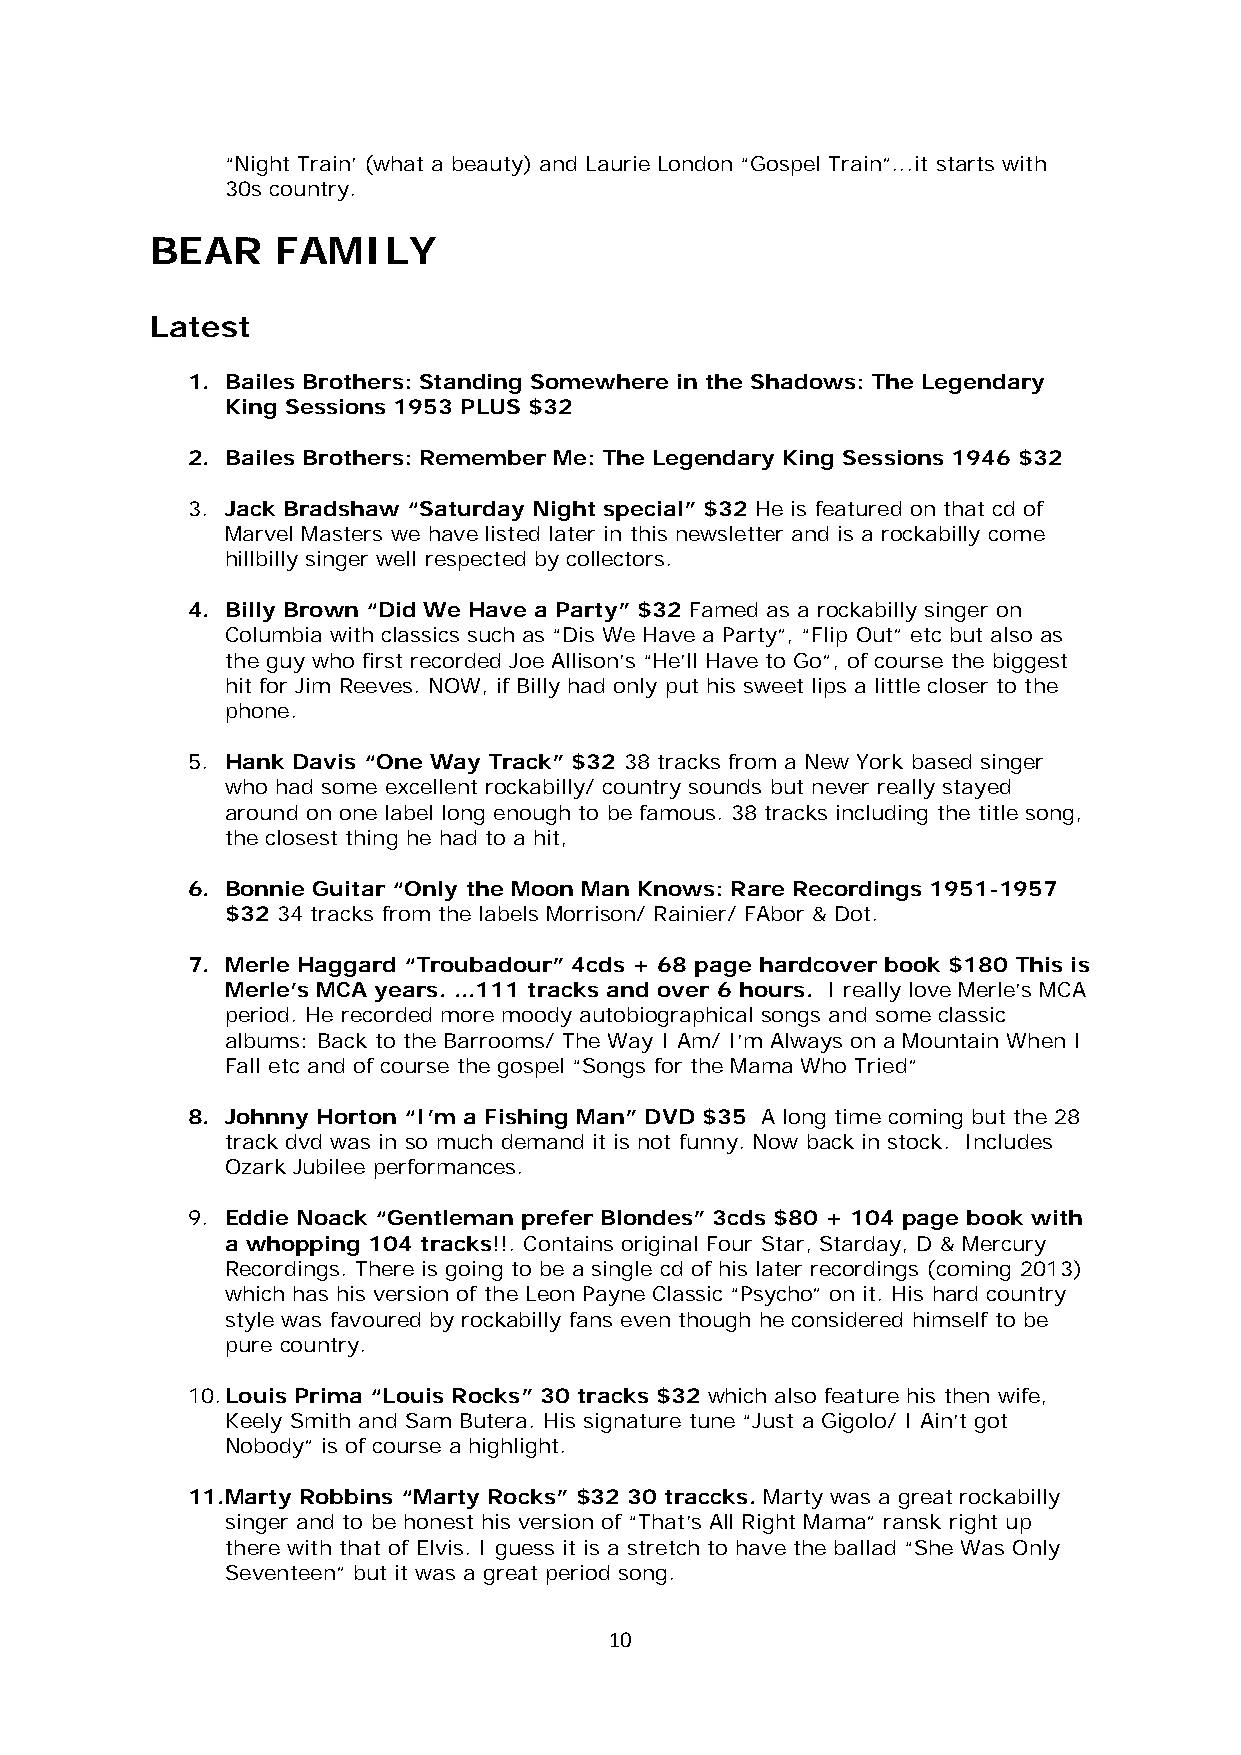
“Night Train’ (what a beauty) and Laurie London “Gospel Train”...it starts with
 30s country.
 BEAR    FAMILY
 Latest
 1. Bailes Brothers: Standing Somewhere in the Shadows: The Legendary
 King Sessions 1953 PLUS $32
 2. Bailes Brothers: Remember Me: The Legendary King Sessions 1946 $32
 3. Jack Bradshaw “Saturday Night special” $32 He is featured on that cd of
 Marvel Masters we have listed later in this newsletter and is a rockabilly come
 hillbilly singer well respected by collectors.
 4. Billy Brown “Did We Have a Party” $32 Famed as a rockabilly singer on
 Columbia with classics such as “Dis We Have a Party”, “Flip Out” etc but also as
 the guy who first recorded Joe Allison’s “He’ll Have to Go”, of course the biggest
 hit for Jim Reeves. NOW, if Billy had only put his sweet lips a little closer to the
 phone.
 5. Hank Davis “One Way Track” $32 38 tracks from a New York based singer
 who had some excellent rockabilly/ country sounds but never really stayed
 around on one label long enough to be famous. 38 tracks including the title song,
 the closest thing he had to a hit,
 6. Bonnie Guitar “Only the Moon Man Knows: Rare Recordings 1951-1957
 $32 34 tracks from the labels Morrison/ Rainier/ FAbor & Dot.
 7. Merle Haggard “Troubadour” 4cds + 68 page hardcover book $180 This is
 Merle’s MCA years. ...111 tracks and over 6 hours. I really love Merle’s MCA
 period. He recorded more moody autobiographical songs and some classic
 albums: Back to the Barrooms/ The Way I Am/ I’m Always on a Mountain When I
 Fall etc and of course the gospel “Songs for the Mama Who Tried”
 8. Johnny Horton “I’m a Fishing Man” DVD $35 A long time coming but the 28
 track dvd was in so much demand it is not funny. Now back in stock. Includes
 Ozark Jubilee performances.
 9. Eddie Noack “Gentleman prefer Blondes” 3cds $80 + 104 page book with
 a whopping 104 tracks!!. Contains original Four Star, Starday, D & Mercury
 Recordings. There is going to be a single cd of his later recordings (coming 2013)
 which has his version of the Leon Payne Classic “Psycho” on it. His hard country
 style was favoured by rockabilly fans even though he considered himself to be
 pure country.
 10. Louis Prima “Louis Rocks” 30 tracks $32 which also feature his then wife,
 Keely Smith and Sam Butera. His signature tune “Just a Gigolo/ I Ain’t got
 Nobody” is of course a highlight.
 11. Marty Robbins “Marty Rocks” $32 30 traccks. Marty was a great rockabilly
 singer and to be honest his version of “That’s All Right Mama” ransk right up
 there with that of Elvis. I guess it is a stretch to have the ballad “She Was Only
 Seventeen” but it was a great period song.
 10